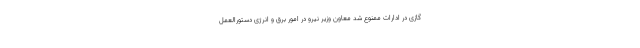
گازی در ادارات ممنوع شد معاون وزیر نیرو در امور برق و انرژی دستورالعمل